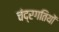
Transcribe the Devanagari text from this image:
चंद्रगतियों